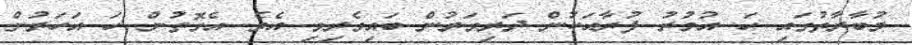
މުބާރާތުގައި ހަ އުމުރު ފުރާއަކުން ދަރިވަރުން ބައިވެރިވި އެވެ. އެގޮތުން ހަ އަހަރުން